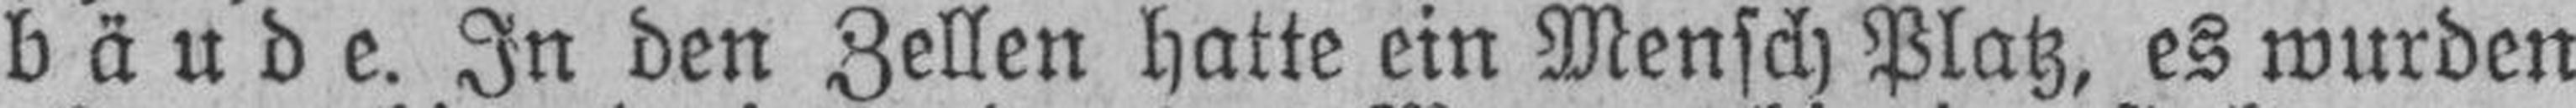
bäude. In den Zellen hatte ein Mensch Platz, es wurden